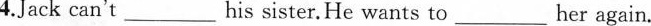
4.Jack can't___his sister.He wants to___her again.